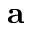
\textbf { a }